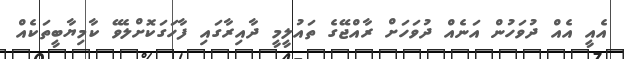
އެއީ އެއް ދުވަހުން އަނެއް ދުވަހަށް ރާއްޖޭގެ ތައުލީމީ ދާއިރާގައި ފާހަގަކޮށްލެވޭ ކާމިޔާބީތަކެއް